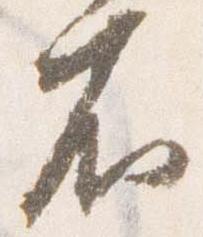
不